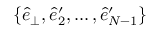
\{ \hat { e } _ { \perp } , \hat { e } _ { 2 } ^ { \prime } , \dots , \hat { e } _ { N - 1 } ^ { \prime } \}